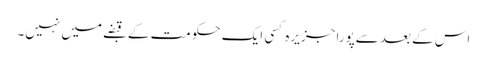
اس کے بعد سےپورا جزیرہ کسی ایک حکومت کے قبضے میں نہیں۔